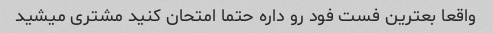
واقعا بعترین فست فود رو داره حتما امتحان کنید مشتری میشید